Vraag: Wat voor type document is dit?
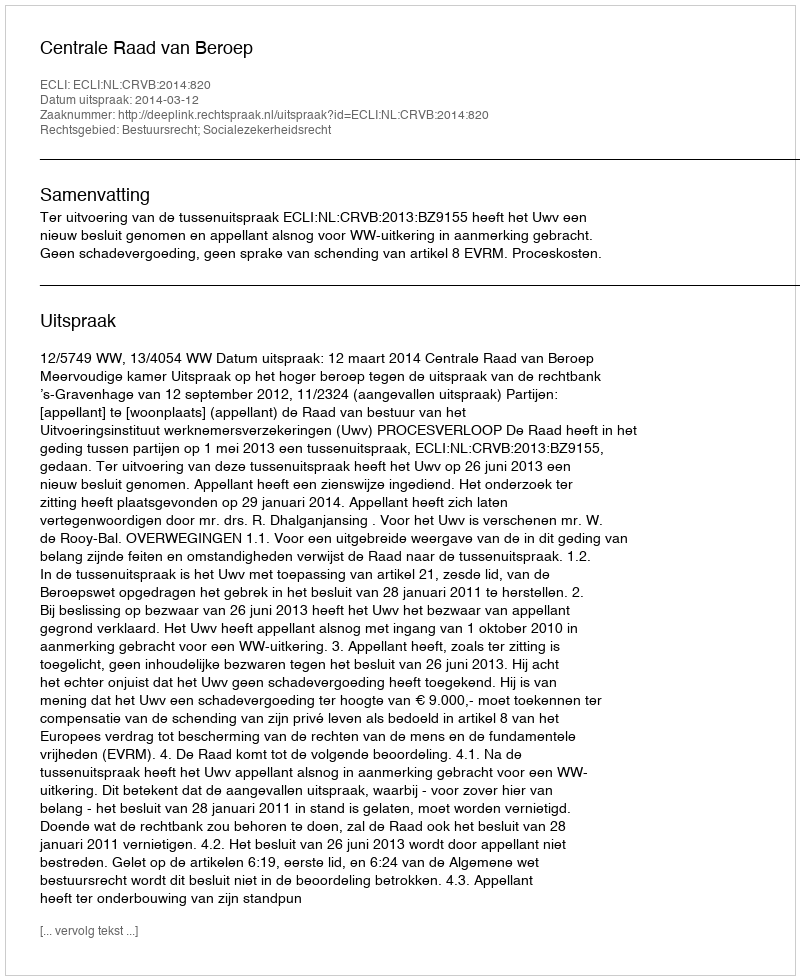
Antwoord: Uitspraak